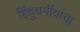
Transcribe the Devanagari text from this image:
हिंदुधर्मीयांचा